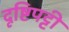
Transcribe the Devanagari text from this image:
दृष्टिपट्टी